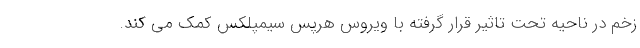
زخم در ناحیه تحت تاثیر قرار گرفته با ویروس هرپس سیمپلکس کمک می کند.